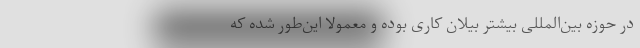
در حوزه بین‌المللی بیشتر بیلان کاری بوده و معمولا این‌طور شده که